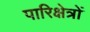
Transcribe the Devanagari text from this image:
पारिक्षेत्रों